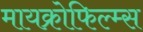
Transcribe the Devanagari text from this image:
मायक्रोफिल्म्स